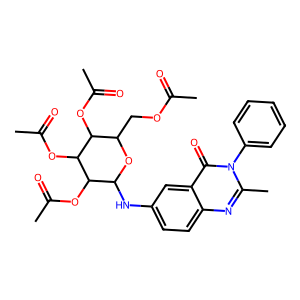
SMILES: CC(=O)OCC1OC(Nc2ccc3nc(C)n(-c4ccccc4)c(=O)c3c2)C(OC(C)=O)C(OC(C)=O)C1OC(C)=O
Inhibits HIV replication: No